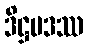
ဒိဋ္ဌပဒဿ